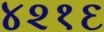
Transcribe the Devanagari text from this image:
४२१६